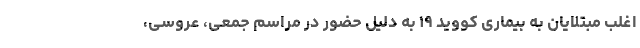
اغلب مبتلایان به بیماری کووید ۱۹ به دلیل حضور در مراسم جمعی، عروسی،